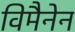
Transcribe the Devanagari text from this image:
विमैनेन